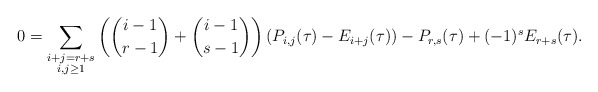
\begin{align*}0 = \sum_{\substack{i+j=r+s\\i,j\ge1}} \left(\binom{i-1}{r-1}+\binom{i-1}{s-1} \right) (P_{i,j}(\tau) - E_{i+j}(\tau)) -P_{r,s}(\tau)+(-1)^sE_{r+s}(\tau) . \end{align*}